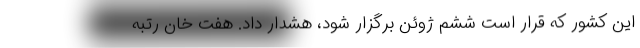
این کشور که قرار است ششم ژوئن برگزار شود، هشدار داد. هفت خان رتبه